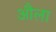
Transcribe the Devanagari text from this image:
औला